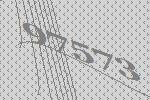
97573